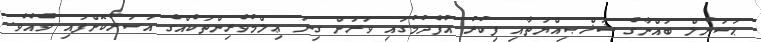
ޙަސަނުލް ބައްނާގެ ޝަޚްޞިއްޔަތާއި ފިކުރު އުފެދުމުގައި ވަރަށް ގިނަ ޢިލްމުވެރިންތަކެއްގެ އަސަރުކޮށްފައި ވެއެވެ.